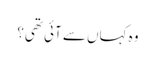
وہ کہاں سے آئی تھی؟